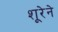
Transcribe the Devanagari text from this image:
शूरेने